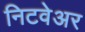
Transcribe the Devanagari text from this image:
निटवेअर